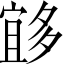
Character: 𱘨